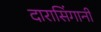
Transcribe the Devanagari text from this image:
दारासिंगानी